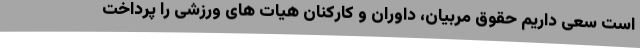
است سعی داریم حقوق مربیان، داوران و کارکنان هیات های ورزشی را پرداخت